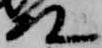
殿